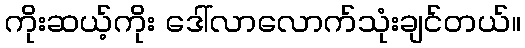
ကိုးဆယ့်ကိုး ဒေါ်လာလောက်သုံးချင်တယ်။